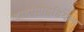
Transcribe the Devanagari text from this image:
डाइपेप्टाइडियल